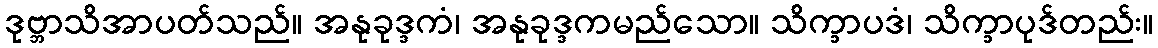
ဒုဗ္ဘာသိအာပတ်သည်။ အနုခုဒ္ဒကံ၊ အနုခုဒ္ဒကမည်သော။ သိက္ခာပဒံ၊ သိက္ခာပုဒ်တည်း။